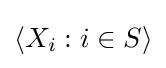
\langle X_{i}:i\in S\rangle